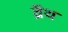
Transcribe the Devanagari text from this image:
व्रॅथ